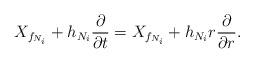
LaTeX: \begin{align*}X_{f_{N_i}}+h_{N_i}\frac{\partial}{\partial t}=X_{f_{N_i}}+h_{N_i}r\frac{\partial}{\partial r}.\end{align*}